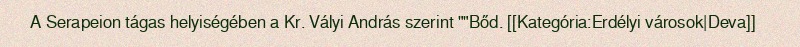
A Serapeion tágas helyiségében a Kr. Vályi András szerint ""Bőd. [[Kategória:Erdélyi városok|Deva]]